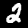
Digit: 2